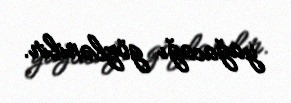
yağacağı gözlənilir.